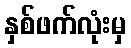
နှစ်ဖက်လုံးမှ